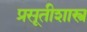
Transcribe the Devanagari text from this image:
प्रसूतीशास्त्र